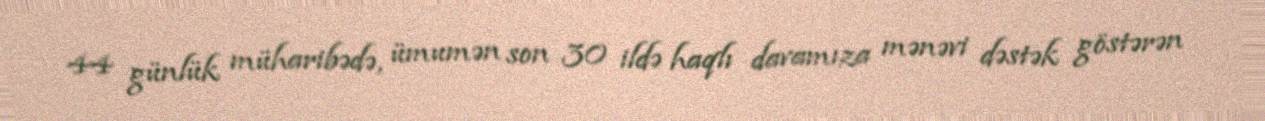
44 günlük müharibədə, ümumən son 30 ildə haqlı davamıza mənəvi dəstək göstərən